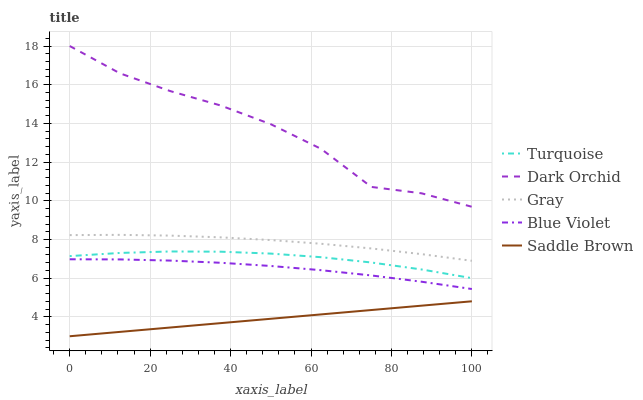
| xaxis_label | Turquoise | Dark Orchid | Gray | Blue Violet | Saddle Brown |
 | --- | --- | --- | --- | --- | --- |
 | 0 | 7.14 | 18 | 8.23 | 6.98 | 3 |
 | 12.5 | 7.31 | 16.6 | 8.24 | 6.97 | 3.23 |
 | 25 | 7.38 | 15.7 | 8.2 | 6.91 | 3.45 |
 | 37.5 | 7.37 | 14.9 | 8.11 | 6.8 | 3.68 |
 | 50 | 7.27 | 14 | 7.97 | 6.63 | 3.9 |
 | 62.5 | 7.09 | 12.7 | 7.78 | 6.41 | 4.13 |
 | 75 | 6.81 | 10.7 | 7.54 | 6.14 | 4.35 |
 | 87.5 | 6.45 | 10.4 | 7.24 | 5.82 | 4.58 |
 | 100 | 6 | 9.69 | 6.9 | 5.44 | 4.81 |